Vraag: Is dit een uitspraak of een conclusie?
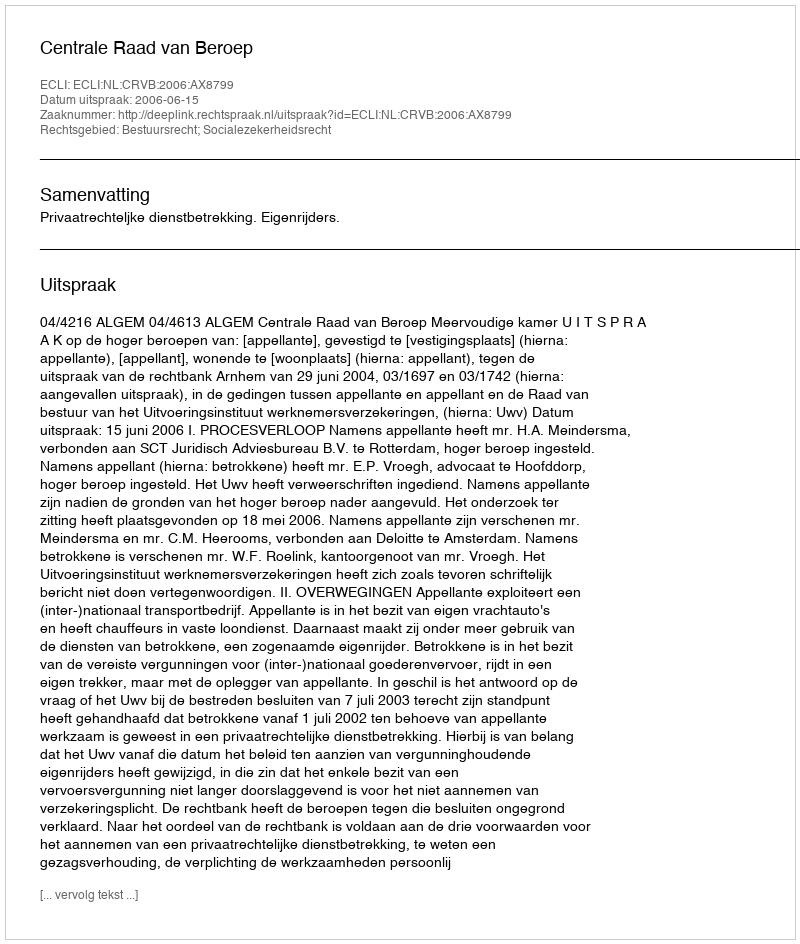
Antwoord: Uitspraak